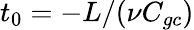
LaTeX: t_{0}=-L/(\nu C_{gc})